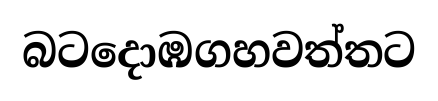
බටදොඹගහවත්තට